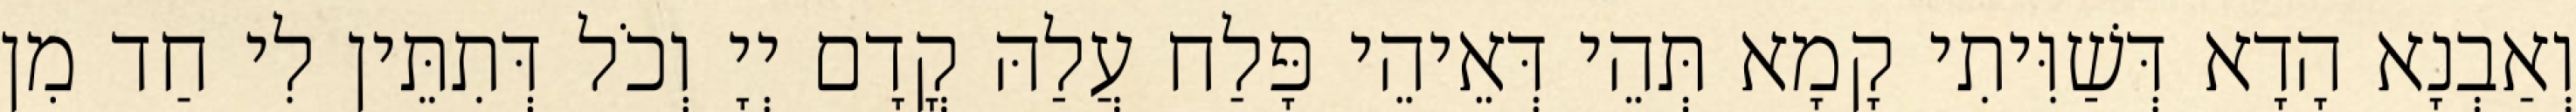
וְאַבְנָא הָדָא דְּשַׁוִּיתִי קָמָא תְּהֵי דְּאֵיהֵי פָּלַח עֲלַהּ קֳדָם יְיָ וְכֹל דְּתִתֵּין לִי חַד מִן